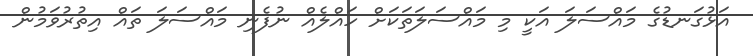
އަޅުގަނޑުގެ މައްސަލަ އަކީ މި މައްސަލަތަކަށް ހައްލެއް ނުފެނި މައްސަލަ ތައް އިތުރުވަމުން